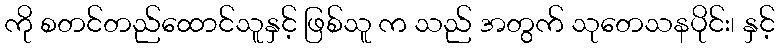
ကို စတင်တည်ထောင်သူနှင့် ဖြစ်သူ က သည် အတွက် သုတေသနပိုင်း၊ နှင့်